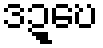
ဒဍ္ဎေ